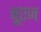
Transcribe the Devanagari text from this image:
बूएज